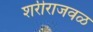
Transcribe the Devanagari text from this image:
शरीराजवळ